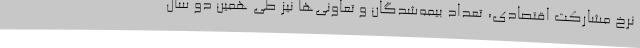
نرخ مشارکت اقتصادی، تعداد بیمه‌شدگان و تعاونی‌ها نیز طی همین دو سال